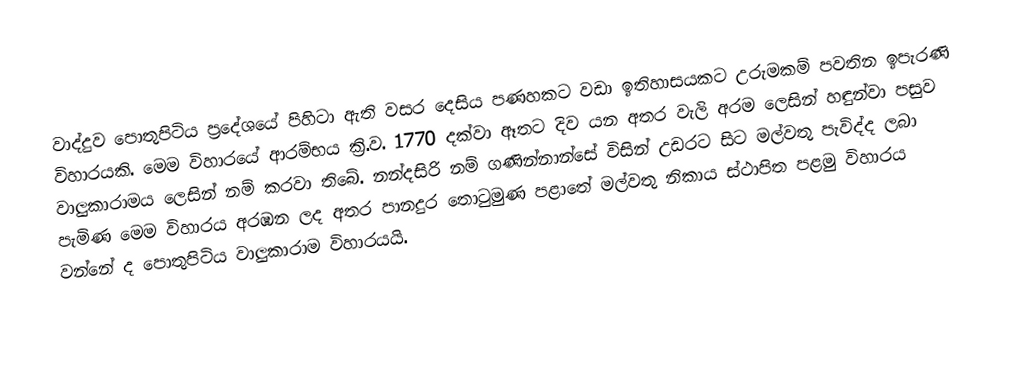
වාද්දුව පොතුපිටිය ප්‍රදේශයේ පිහිටා ඇති වසර දෙසිය පණහකට වඩා ඉතිහාසයකට උරුමකම් පවතින ඉපැරණි විහාරයකි. මෙම විහාරයේ ආරම්භය ක්‍රි.ව. 1770 දක්වා ඈතට දිව යන අතර වැලි අරම ලෙසින් හඳුන්වා පසුව වාලුකාරාමය ලෙසින් නම් කරවා තිබේ. නන්දසිරි නම් ගණින්නාන්සේ විසින් උඩරට සිට මල්වතු පැවිද්ද ලබා පැමිණ මෙම විහාරය අරඹන ලද අතර පානදුර තොටුමුණ පළාතේ මල්වතු නිකාය ස්ථාපිත පළමු විහාරය වන්නේ ද පොතුපිටිය වාලුකාරාම විහාරයයි.